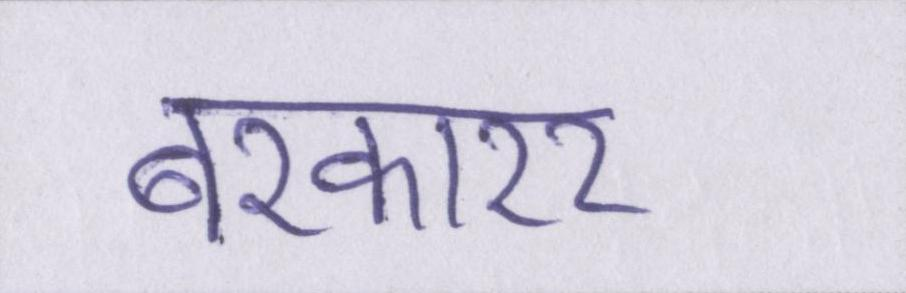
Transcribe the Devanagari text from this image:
बरकारर